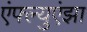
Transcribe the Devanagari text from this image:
एंफ्ल्युएंझा